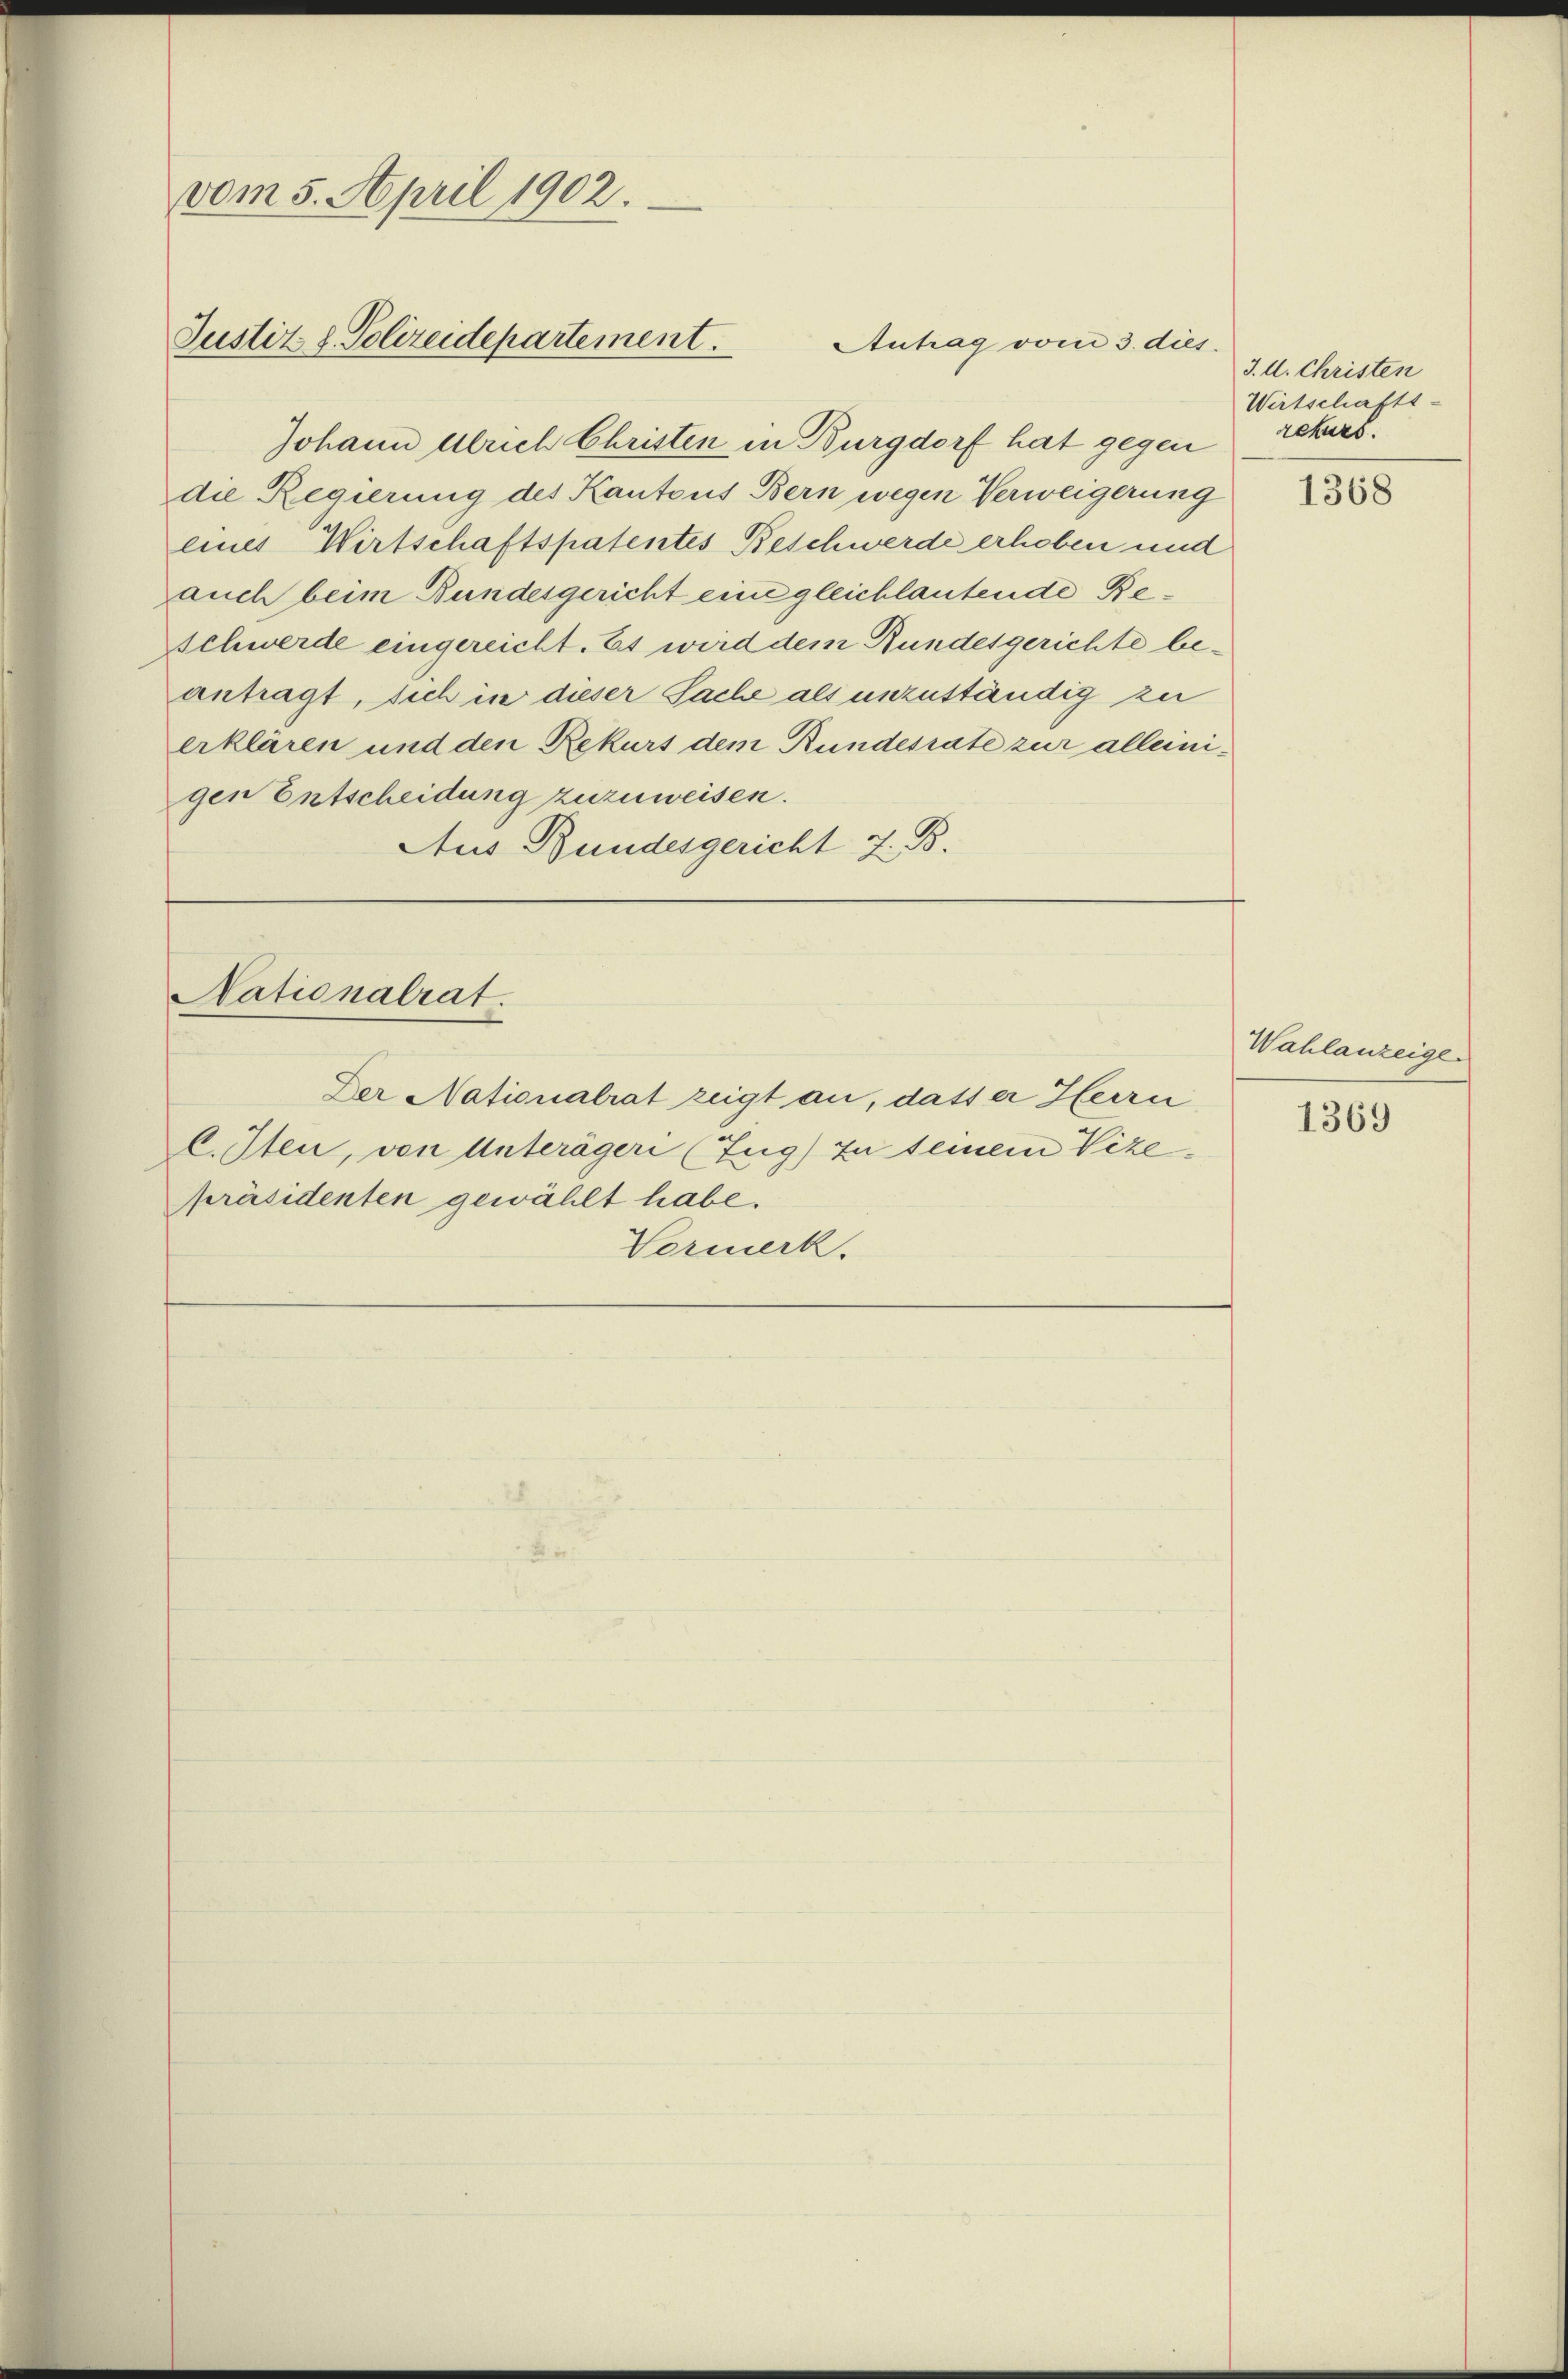
vom 5. April 1902.
Justiz & Polizeidepartement.

Johann Ulrich Christen in Burgdorf hat gegen rekurs.
die Regierung des Kantons Bern wegen Verweigerung
eines Wirtschaftspatentes Beschwerde erhoben und
auch beim Bundesgericht eine gleichlautende Beschwerde eingereicht. Es wird dem Bundesgerichte beantragt, sich in dieser Sache als unzuständig zu
erklären und den Rekurs dem Rundesrate zur alleinigen Entscheidung zuzuweisen.
Aus Bundesgericht z. B.

Nationalrat

Der Nationalrat zeigt an, dasser Herrn
C. Iten, von Unterägeri (Zug) zu seinem Vize-
Präsidenten gewählt habe.
Vormerk.

Antrag vom 3. dies.

J. d. Christen
Wirtschafts-

1368

Wahlanzeige

1369